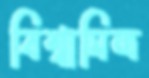
বিশ্বামিত্র